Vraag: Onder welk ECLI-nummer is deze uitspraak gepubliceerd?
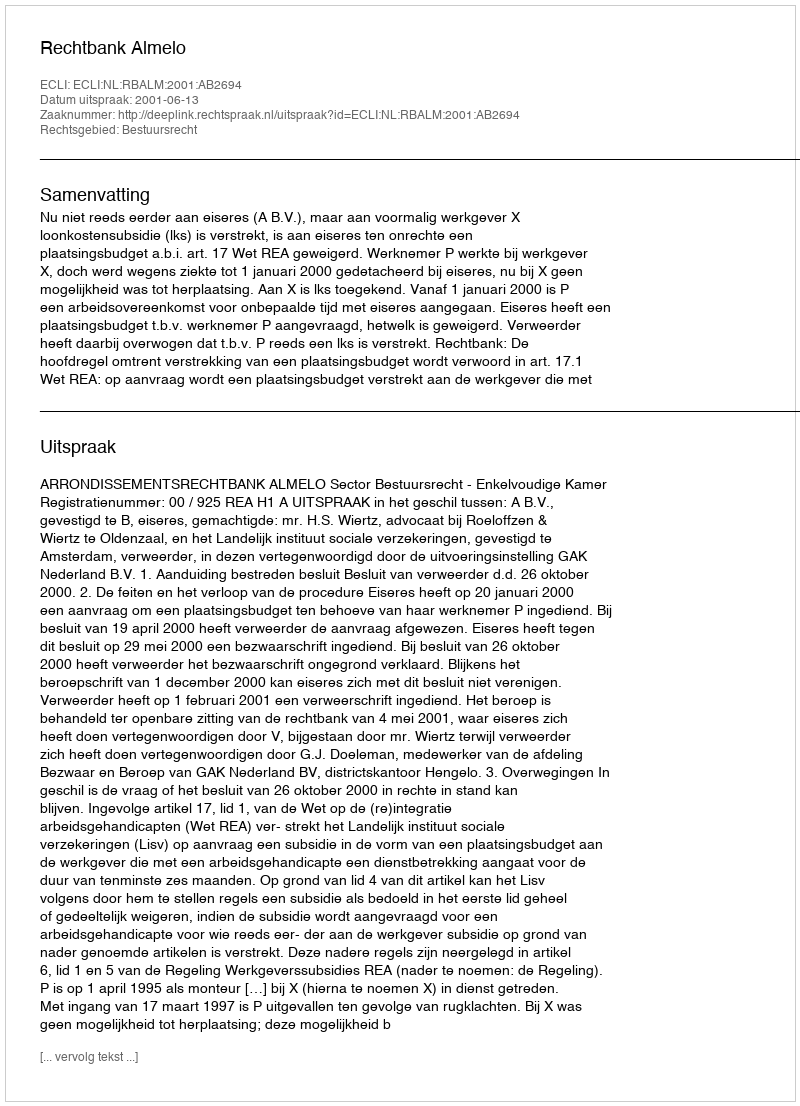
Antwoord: ECLI:NL:RBALM:2001:AB2694